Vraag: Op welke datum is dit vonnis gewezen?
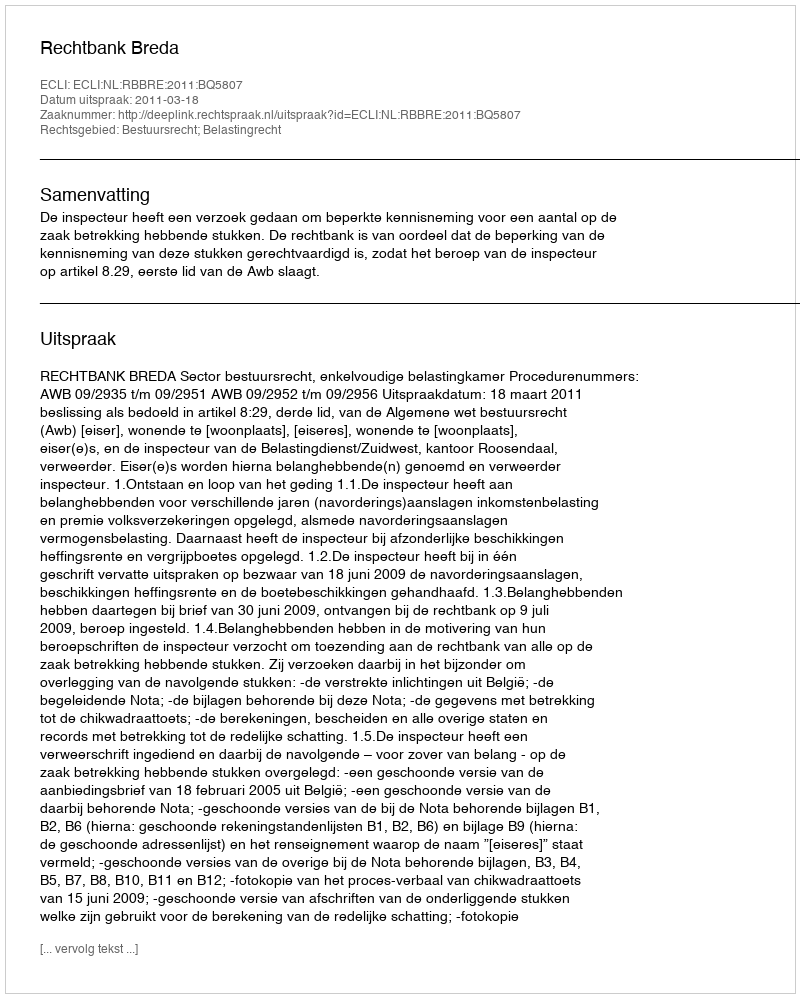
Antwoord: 2011-03-18